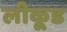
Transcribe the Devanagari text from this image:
लीकूड